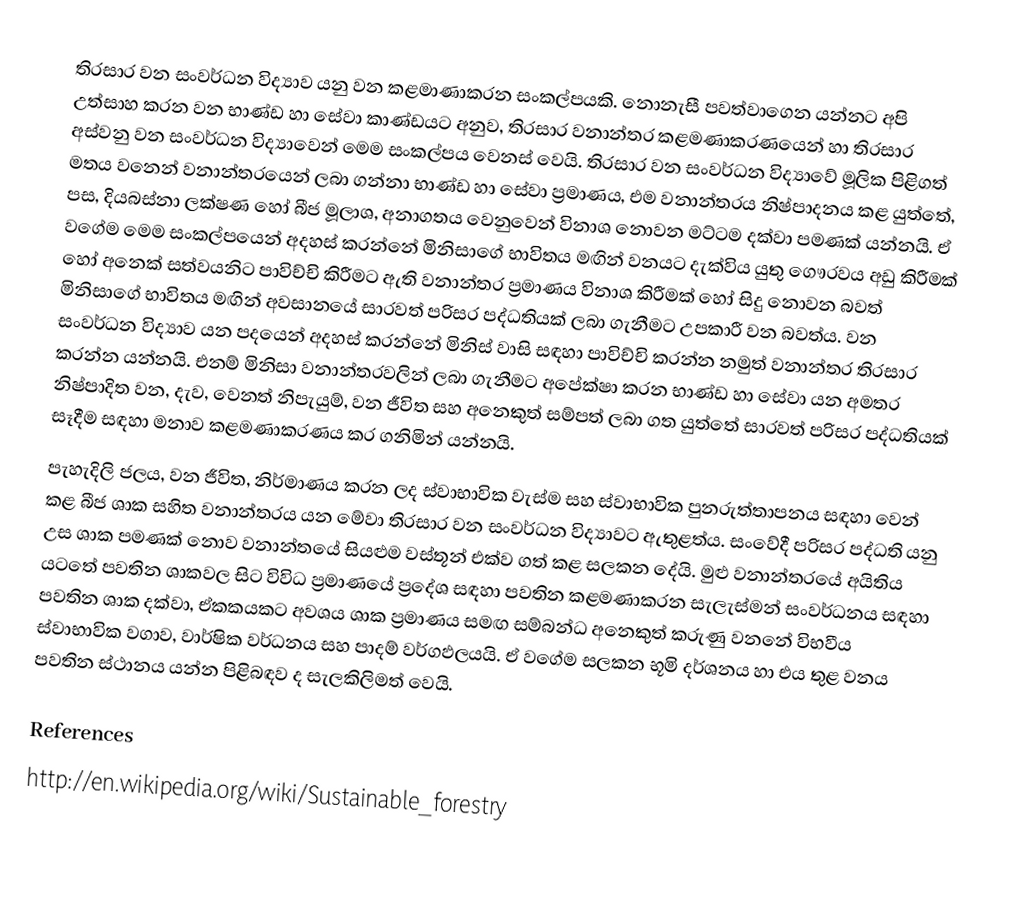
තිරසාර වන සංවර්ධන විද්‍යාව යනු වන කළමාණාකරන සංකල්පයකි. නොනැසී පවත්වාගෙන යන්නට අපි උත්සාහ කරන වන භාණ්ඩ හා සේවා කාණ්ඩයට අනුව, තිරසාර වනාන්තර කළමණාකරණයෙන් හා තිරසාර අස්වනු වන සංවර්ධන විද්‍යාවෙන් මෙම සංකල්පය වෙනස් වෙයි. තිරසාර වන සංවර්ධන විද්‍යාවේ මූලික පිළිගත් මතය වන‍්නේ වනාන්තරයෙන් ලබා ගන්නා භාණ්ඩ හා සේවා ප්‍රමාණය, එම වනාන්තරය නිෂ්පාදනය කළ යුත්තේ, පස, දියබස්නා ලක්ෂණ හෝ බීජ මූලාශ, අනාගතය වෙනුවෙන් විනාශ නොවන මට්ටම දක්වා පමණක් යන්නයි. ඒ වගේම මෙම සංකල්පයෙන් අදහස් කරන්නේ මිනිසාගේ භාවිතය මඟින් වනයට දැක්විය යුතු ගෞරවය අඩු කිරීමක් හෝ අනෙක් සත්වයනිට පාවිච්චි කිරීමට ඇති වනාන්තර ප්‍රමාණය විනාශ කිරීමක් හෝ සිදු නොවන බවත් මිනිසාගේ භාවිතය මඟින් අවසානයේ සාරවත් පරිසර පද්ධතියක් ලබා ගැනීමට උපකාරී වන බවත්ය. වන සංවර්ධන විද්‍යාව යන පදයෙන් අදහස් කරන්නේ මිනිස් වාසි සඳහා පාවිච්චි කරන්න නමුත් වනාන්තර තිරසාර කරන්න යන්නයි. එනම් මිනිසා වනාන්තරවලින් ලබා ගැනීමට අපේක්ෂා කරන භාණ්ඩ හා සේවා යන අමතර නිෂ්පාදිත වන, දැව, වෙනත් නිපැයුම්, වන ජීවිත සහ අනෙකුත් සම්පත් ලබා ගත යුත්තේ සාරවත් පරිසර පද්ධතියක් සෑදීම සඳහා මනාව කළමණාකරණය කර ගනිමින්  යන්නයි.
පැහැදිලි ජලය, වන ජීවිත, නිර්මාණය කරන ලද ස්වාභාවික වැස්ම සහ ස්වාභාවික පුනරුත්තාපනය සඳහා වෙන් කළ බීජ ශාක සහිත වනාන්තරය  යන මේවා තිරසාර වන සංවර්ධන විද්‍යාවට ඇතුළත්ය. සංවේදී පරිසර පද්ධති යනු උස ශාක පමණක් නොව වනාන්තයේ සියළුම වස්තූන් එක්ව ගත් කළ සලකන දේයි. මුළු වනාන්තරයේ අයිතිය ය‍ටතේ පවතින ශාකවල සිට විවිධ ප්‍රමාණයේ ප්‍ර‍දේශ සඳහා පවතින කළමණාකරන සැලැස්මන් සංවර්ධනය සඳහා පවතින ශාක දක්වා, ඒකකයකට අවශය ශාක ප්‍රමාණය සමඟ සම්බන්ධ අනෙකුත් කරුණු වනනේ විභවීය ස්වාභාවික වගාව, වාර්ෂික වර්ධනය සහ පාදම් වර්ගඵලයයි. ඒ වගේම සලකන භූමි දර්ශනය හා එය තුළ වනය පවතින ස්ථානය යන්න පිළිබඳව ද සැලකිලිමත් වෙයි.

References
http://en.wikipedia.org/wiki/Sustainable_forestry